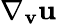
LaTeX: \nabla_{\mathbf{v}}\mathbf{u}